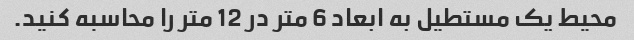
محیط یک مستطیل به ابعاد 6 متر در 12 متر را محاسبه کنید.